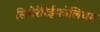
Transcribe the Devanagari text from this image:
सिनेरेरिईफोलियम